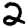
Digit: 2